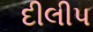
દીલીપ